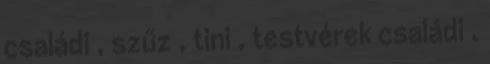
családi , szűz , tini , testvérek családi ,